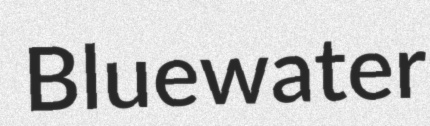
Bluewater